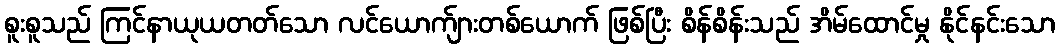
စူးစူသည် ကြင်နာယုယတတ်သော လင်ယောက်ျားတစ်ယောက် ဖြစ်ပြီး စိန်စိန်းသည် အိမ်ထောင်မှု နိုင်နင်းသော